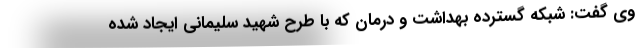
وی گفت: شبکه گسترده بهداشت و درمان که با طرح شهید سلیمانی ایجاد شده